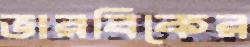
ভারবিকের